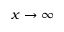
x \to \infty